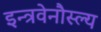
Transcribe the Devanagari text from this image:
इन्त्रवेनौस्ल्य